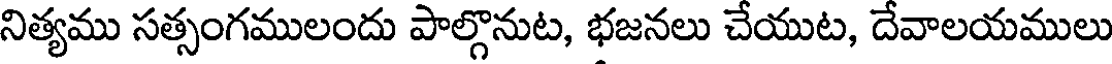
నిత్యము సత్సంగములందు పాల్గొనుట, భజనలు చేయుట, దేవాలయములు